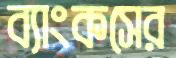
ব্যাংকসের